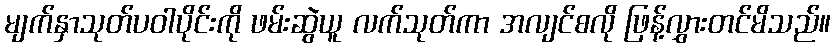
မျက်နှာသုတ်ပဝါပိုင်းကို ဖမ်းဆွဲယူ လက်သုတ်ကာ အလျင်စလို ဖြန့်လွှားတင်မိသည်။